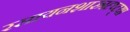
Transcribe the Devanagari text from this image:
रसायनशास्त्रदृष्ट्या